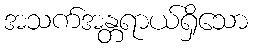
အသက်အန္တရာယ်ရှိသော